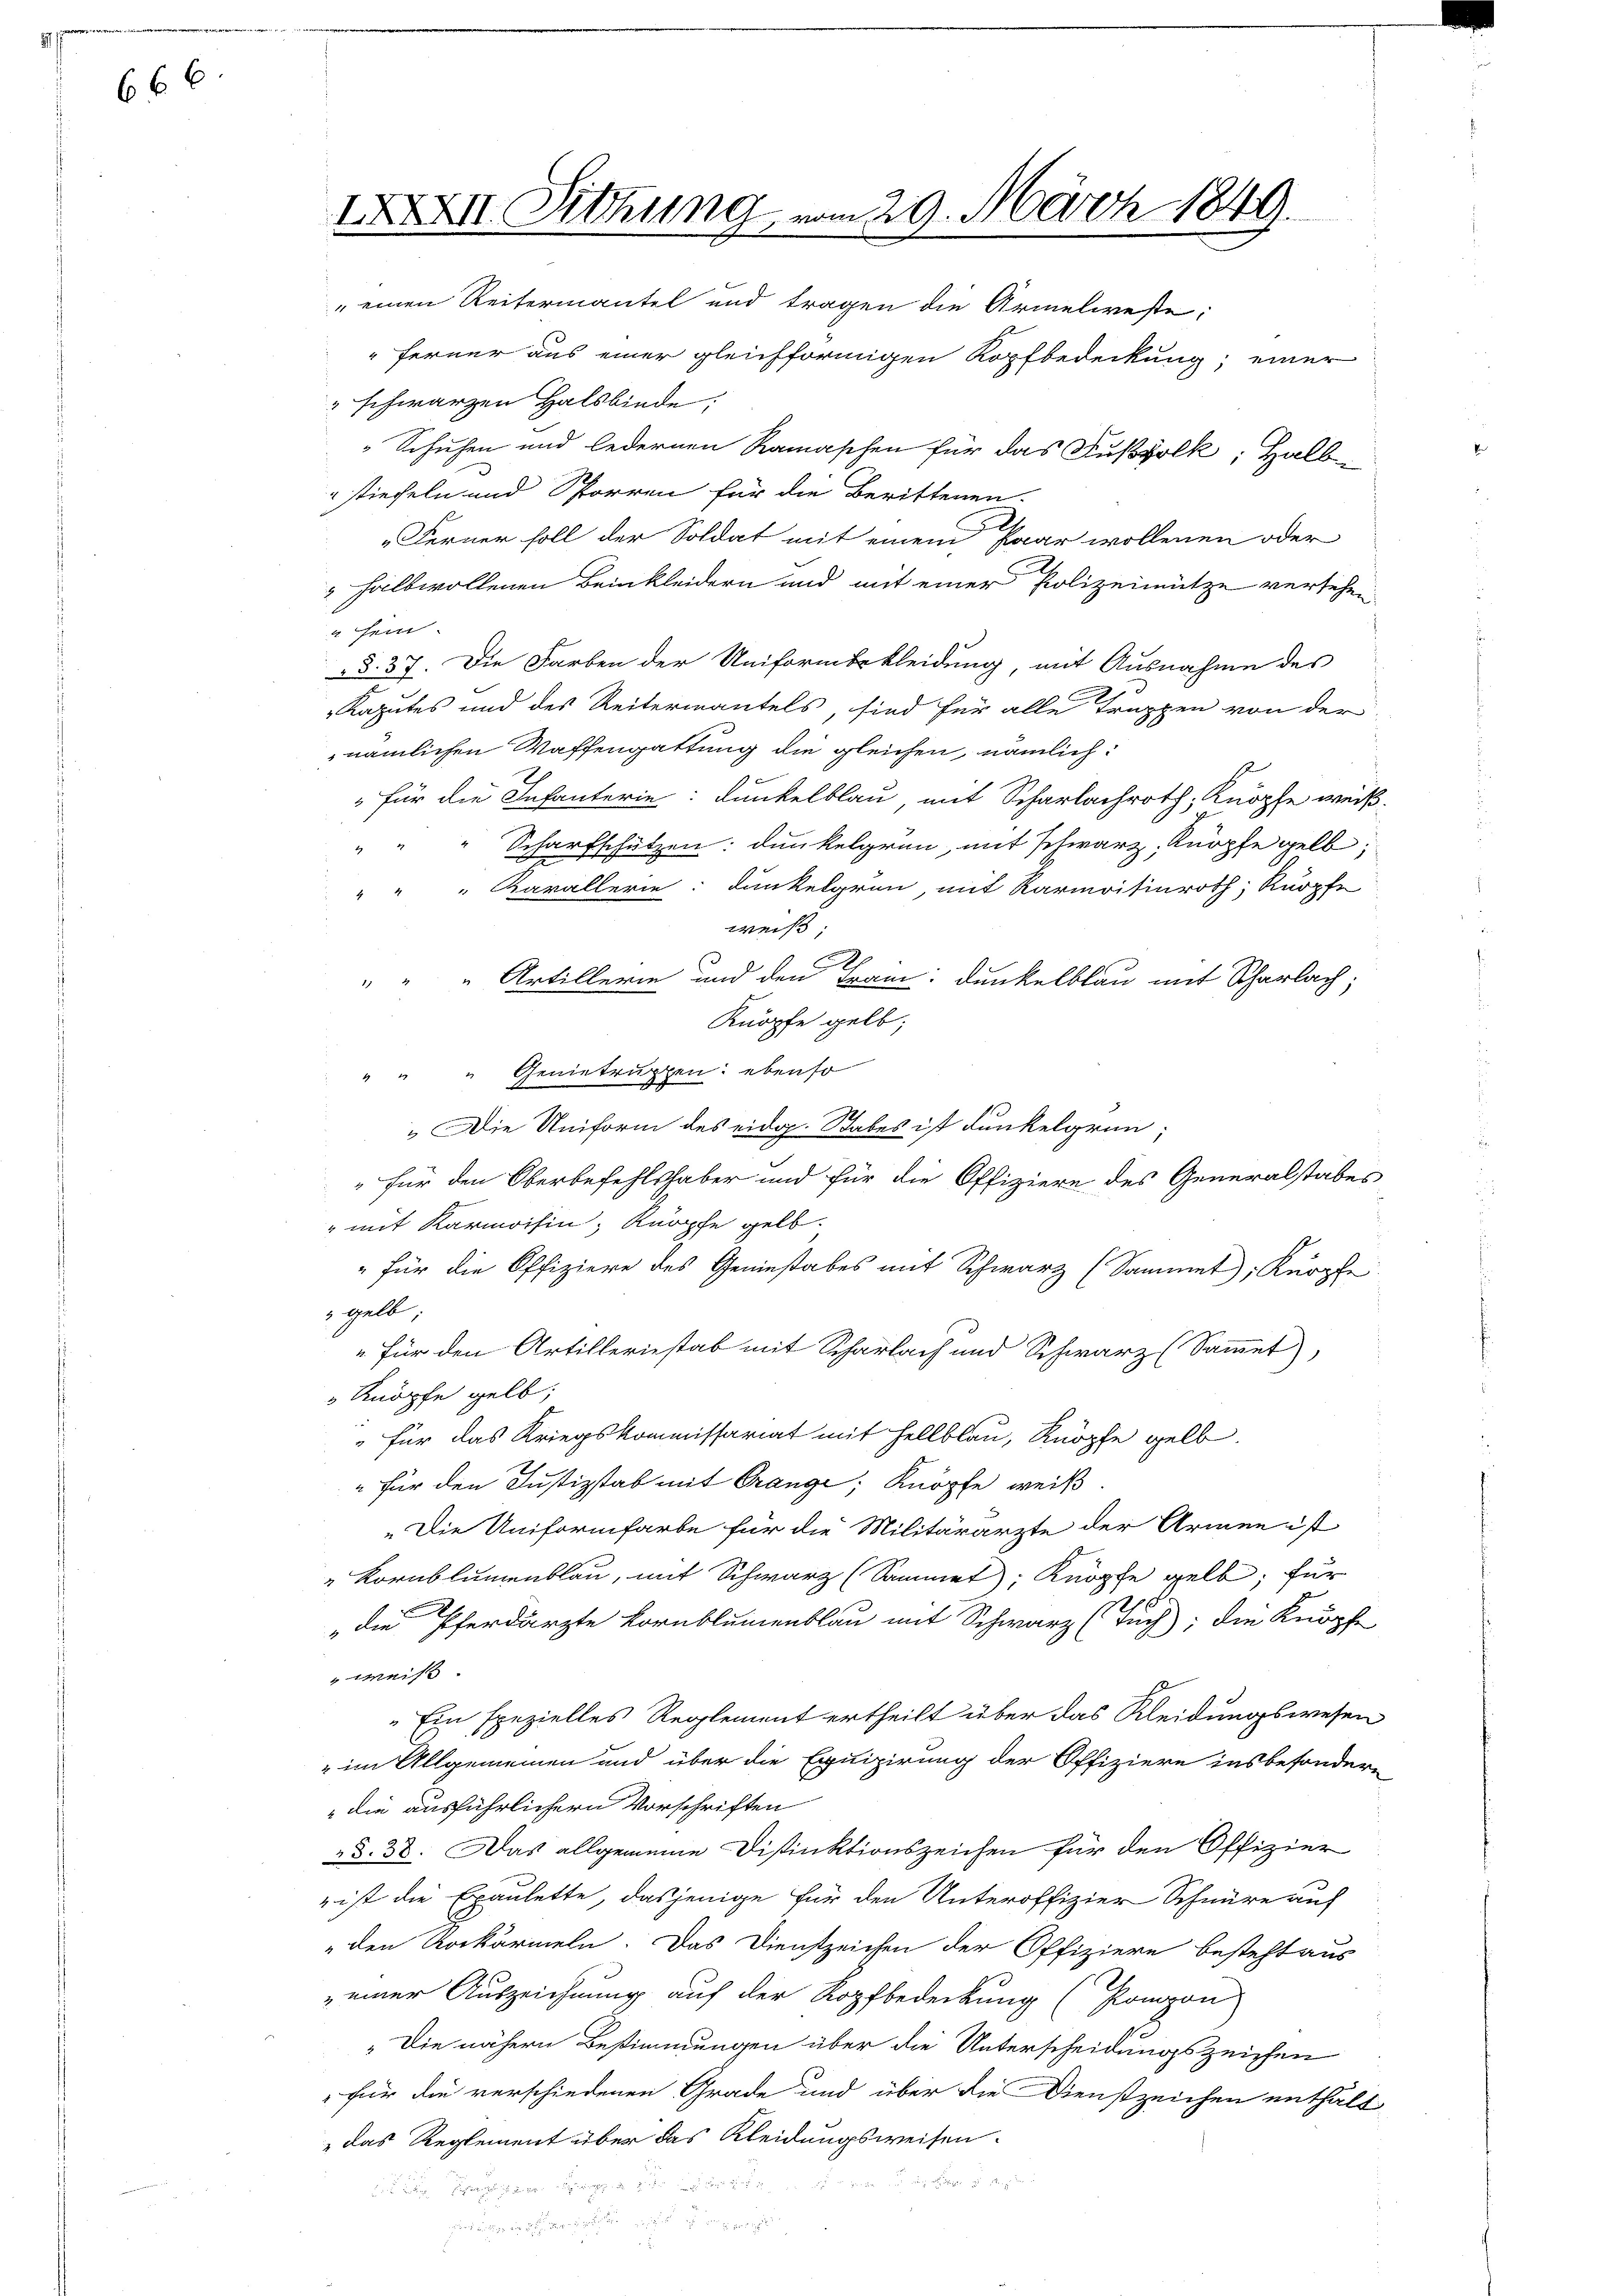
666

XXXVII. Sitzung vom 29. März 1849.

„einen Reitermantel und tragen die Armelweste:
ferner aus einer gleichförmigen Kopfbedeckung; einer
" schwarzen Halsbinde:
Schuhen und ledernen Ramaschen für das Fußvolk, Halb-
stiefeln und Sporren für die Berittenen.
Ferner soll der Soldat mit einem Paar wollenen oder
 halbwollenen Beinkleidern und mit einer Polizeimütze versehen
a sein.
§. 37. Die Farben der Uniformbekleidung, mit Ausnahme des
Kaputes und des Reitermantels, sind für alle Trappen von der
nämlichen Waffengattung die gleichen, nämlich
" für die Infanterie: Dunkelblau, mit Scharlachroth, Knöpfe weiß,
" " " Scharfschützen: Dunkelgrün, mit Schwarz, Knöpfe gelb;
" " " Karallerie: Dunkelgrün, mit Karmoisinroth, Knopfe
weiß
" " " Artillerie und den Tram: Dunkelblau mit Scharlach,
Knöpfe gelb;
" " " Genietruppen: ebenso
„Die Uniform des eidg. Stabes ist dunkelgrün¬
" für den Oberbefehlshaber und für die Offiziere des Generalstabes
" mit Karmoisin, Knöpfe gelb.
" für die Offiziere des Geniestabes mit Schwarz (Sammel, Knopfe
gelb,
" für den Artilleriestab mit Scharlach und Schwarz (Sammet),
Knöpfe gelb;
für das Kriegskommissariat mit Hellblau, Knöpfe gelb
" für den Justizstab mit Grange; Knöpfe weiß.
„Die Uniformfarbe für die Militärärzte der Armen ist
" Kornblumenblau, mit Schwarz (Sammel, Knöpfe gelb; für
" die Pferdärzte Kornblumenblau mit Schwarz (Tuch; die Knöpfe
weiß
„Ein spezielles Reglement ertheilt über das Kleidungswesen
" im Allgemeinen und über die Equipirung der Offiziere insbesondere
die ausführlichern Vorschriften
§. 38. Das allgemeine Disinktionszeichen für den Offizier
 ist die Exaulette, dasjenige für den Unteroffizier Schnüre auf
den Rockärmeln. Das Dienstzeichen der Offiziere besteht aus
einer Auszeichnung auf der Kopfbedeckung (Ponzon
„Die nähern Bestimmungen über die Unterscheidungszeichen
 für die verschiedenen Grade und über die Dienstzeichen enthält
das Reglement über das Kleidungsweisen.

.